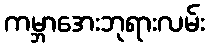
ကမ္ဘာအေးဘုရားလမ်း